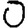
Digit: 0